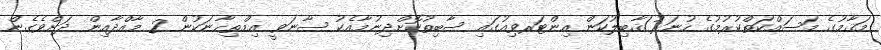
މަޤާމުގެ މަސައްކަތްކުރުމުގެ ހުނަރު/ޤާބިލުކަން އިންޓަރވިއުގައި ސާބިތުކޮށްދިނުމާއެކު ސާނަވީ އިމްތިޙާނަކުން 2 މާއްދާއިން ދަށްވެގެން